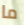
ما